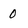
Character: 0